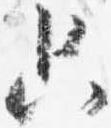
只